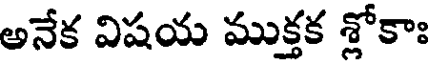
అనేక విషయ ముక్తక శ్లోకాః